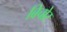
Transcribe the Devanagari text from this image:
बिचोर